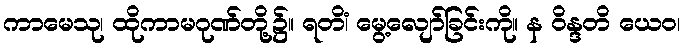
ကာမေသု၊ ထိုကာမဂုဏ်တို့၌။ ရတိံ၊ မွေ့လျော်ခြင်းကို။ န ဝိန္ဒတိ ယေဝ၊